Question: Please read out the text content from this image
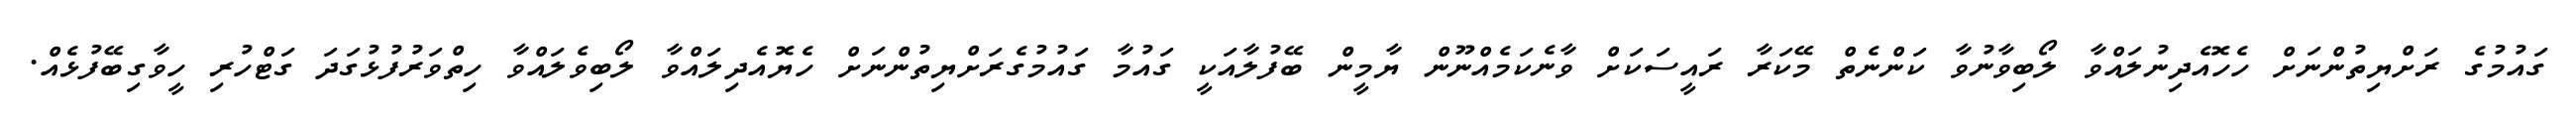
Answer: ގައުމުގެ ރަށްޔިތުންނަށް ހެހޮއެދިނުލައްވާ ލޯބިވާނުވާ ކަންނެތް މޭކަރާ ރައީސަކަށް ވާނެކަމެއްނޫން ޔާމީން ބޭފުލާއަކީ ގައުމާ ގައުމުގެރަށްޔިތުންނަށް ހެޔޮއެދިލައްވާ ލޯބިވެލައްވާ ހިތްވަރުފުޅުގަދަ ގަޓްހުރި ހީވާގިބޭފުޅެއް.